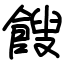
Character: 餿